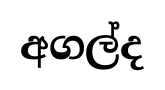
අගල්ද